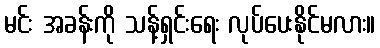
မင်း အခန်းကို သန့်ရှင်းရေး လုပ်ပေးနိုင်မလား။